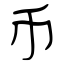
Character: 币